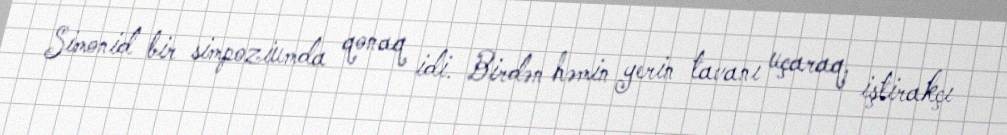
Simonid bir simpoziumda qonaq idi. Birdən həmin yerin tavanı uçaraq, iştirakçı